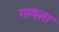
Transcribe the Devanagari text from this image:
गावला